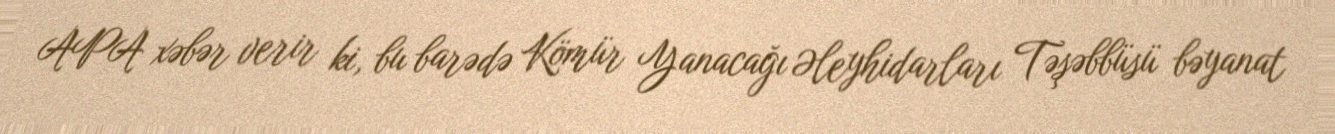
APA xəbər verir ki, bu barədə Kömür Yanacağı Əleyhidarları Təşəbbüsü bəyanat